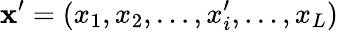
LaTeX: \mathbf{x}^{\prime}=(x_{1},x_{2},\dots,x_{i}^{\prime},\dots,x_{L})